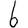
Digit: 6